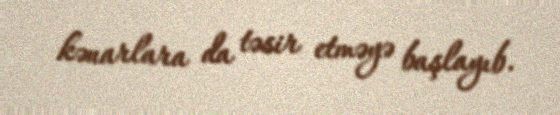
kənarlara da təsir etməyə başlayıb.